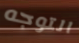
التوجه